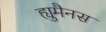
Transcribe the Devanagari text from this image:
ह्युमैनस